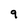
Character: 9